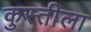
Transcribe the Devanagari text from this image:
कुस्तीला